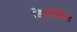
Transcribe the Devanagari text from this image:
डिसऐबिल